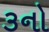
૩નો